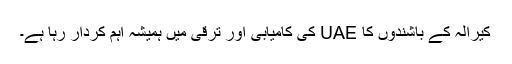
کیرالہ کے باشندوں کا UAE کی کامیابی اور ترقی میں ہمیشہ اہم کردار رہا ہے۔